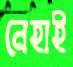
নেহাই